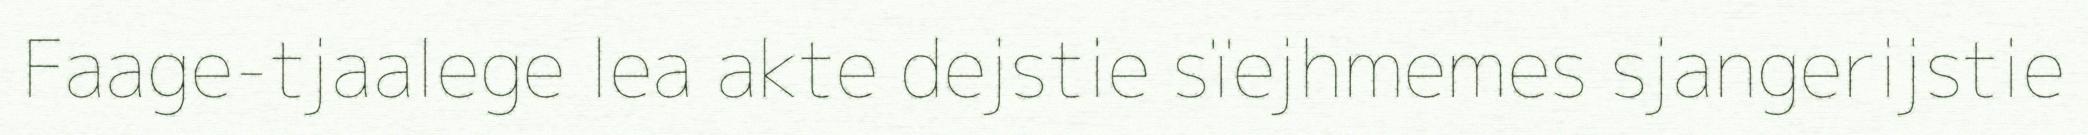
Faage-tjaalege lea akte dejstie sïejhmemes sjangerijstie